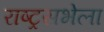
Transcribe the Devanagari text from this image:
राष्ट्रसभेला